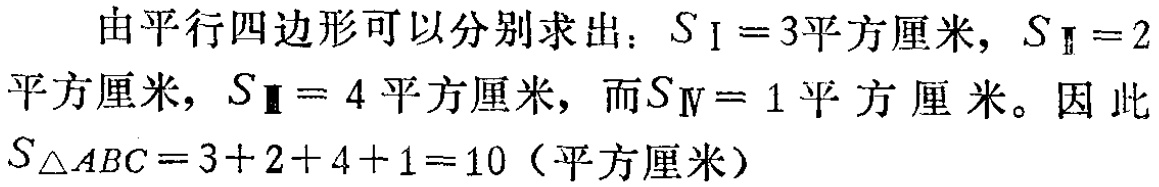
由平行四边形可以分别求出：\(S_{Ⅰ}=3\)平方厘米，\(S_{Ⅱ}=2\)平方厘米，\(S_{Ⅲ}= 4\)平方厘米，而\(S_{Ⅳ}= 1\)平方厘米。因此\(S_{\triangle ABC}=3 + 2 + 4 + 1 = 10\)（平方厘米）